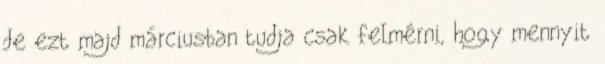
de ezt majd márciusban tudja csak felmérni, hogy mennyit